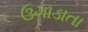
ઉગાડાતા